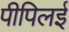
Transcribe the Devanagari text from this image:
पीपिलई